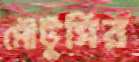
মৌটুসির